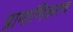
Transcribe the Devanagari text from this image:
प्रामाणिकरण